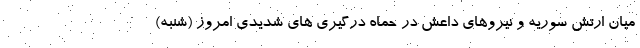
میان ارتش سوریه و نیروهای داعش در حماه درگیری های شدیدی امروز (شنبه)